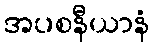
အပစနီယာနံ